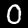
Digit: 0